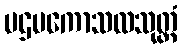
ပဌမကောသလသုတ္တံ